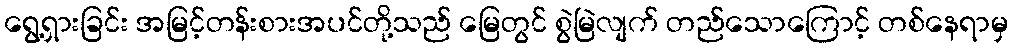
ရွေ့ရှားခြင်း အမြင့်တန်းစားအပင်တို့သည် မြေတွင် စွဲမြဲလျက် တည်သောကြောင့် တစ်နေရာမှ